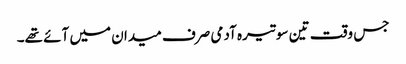
جس وقت تین سو تیرہ آدمی صرف میدان میں آئے تھے۔